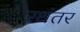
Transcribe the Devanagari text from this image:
रथंतर